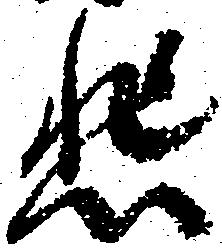
悲